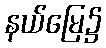
နယ်မြေ၌